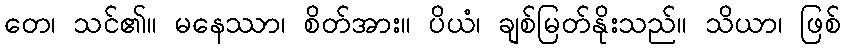
တေ၊ သင်၏။ မနေဿာ၊ စိတ်အား။ ပိယံ၊ ချစ်မြတ်နိုးသည်။ သိယာ၊ ဖြစ်